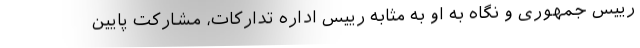
رییس جمهوری و نگاه به او به مثابه رییس اداره تدارکات، مشارکت پایین